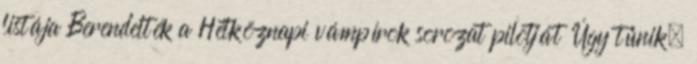
listája Berendelték a Hétköznapi vámpírok sorozat pilotját Úgy tűnik,